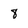
Character: 8